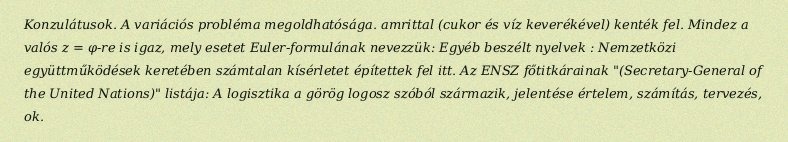
Konzulátusok. A variációs probléma megoldhatósága. amrittal (cukor és víz keverékével) kenték fel. Mindez a valós z = φ-re is igaz, mely esetet Euler-formulának nevezzük: Egyéb beszélt nyelvek : Nemzetközi együttműködések keretében számtalan kísérletet építettek fel itt. Az ENSZ főtitkárainak "(Secretary-General of the United Nations)" listája: A logisztika a görög logosz szóból származik, jelentése értelem, számítás, tervezés, ok.